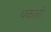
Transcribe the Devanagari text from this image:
थकलो